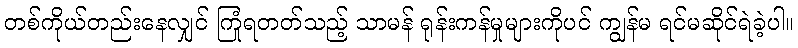
တစ်ကိုယ်တည်းနေလျှင် ကြုံရတတ်သည့် သာမန် ရုန်းကန်မှုများကိုပင် ကျွန်မ ရင်မဆိုင်ရဲခဲ့ပါ။